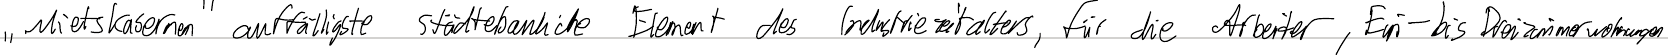
"Mietskasernen" auffälligste städtebauliche Element des Industriezeitalters, für die Arbeiter, Ein- bis Dreizimmerwohnungen